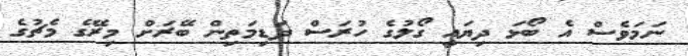
ނަމަވެސް އެ ބޯޅަ ދިޔައީ ގޯލުގެ ހުރަސް ދަޑިމަތިން ބޭރަށް މިރޭގެ މެޗުގެ